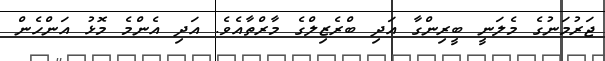
ޖަރުމަނުގެ މެލަނީ ބީރިންގާ އަދި ބްރެޒިލްގެ މާރްތާއެވެ. އަދި އެންމެ މޮޅު އަންހެން